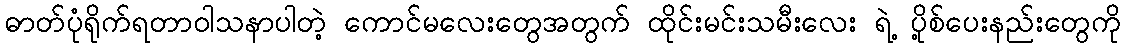
ဓာတ်ပုံရိုက်ရတာဝါသနာပါတဲ့ ကောင်မလေးတွေအတွက် ထိုင်းမင်းသမီးလေး ရဲ့ ပို့စ်ပေးနည်းတွေကို